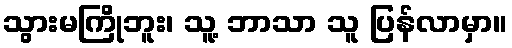
သွားမကြိုဘူး၊ သူ့ ဘာသာ သူ ပြန်လာမှာ။